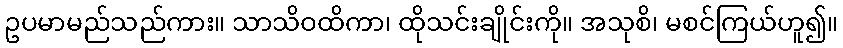
ဥပမာမည်သည်ကား။ သာသိဝထိကာ၊ ထိုသင်းချိုင်းကို။ အသုစိ၊ မစင်ကြယ်ဟူ၍။